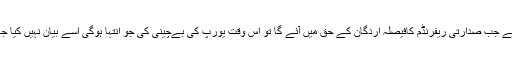
ظاہر ہے جب صدارتی ریفرنڈم کافیصلہ اردگان کے حق میں آئے گا تو اس وقت یورپ کی بےچینی کی جو انتہا ہوگی اسے بیان نہیں کیا جا سکتا۔